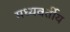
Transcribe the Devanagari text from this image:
मध्यवर्तीय